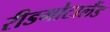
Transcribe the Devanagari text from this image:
रीडगोटालैंड